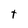
Character: t